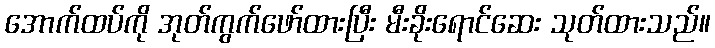
အောက်ထပ်ကို အုတ်ကွက်ဖော်ထားပြီး မီးခိုးရောင်ဆေး သုတ်ထားသည်။